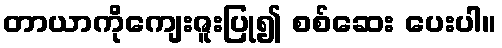
တာယာကိုကျေးဇူးပြု၍ စစ်ဆေး ပေးပါ။